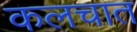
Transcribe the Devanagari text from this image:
कलचात